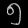
Digit: ၅